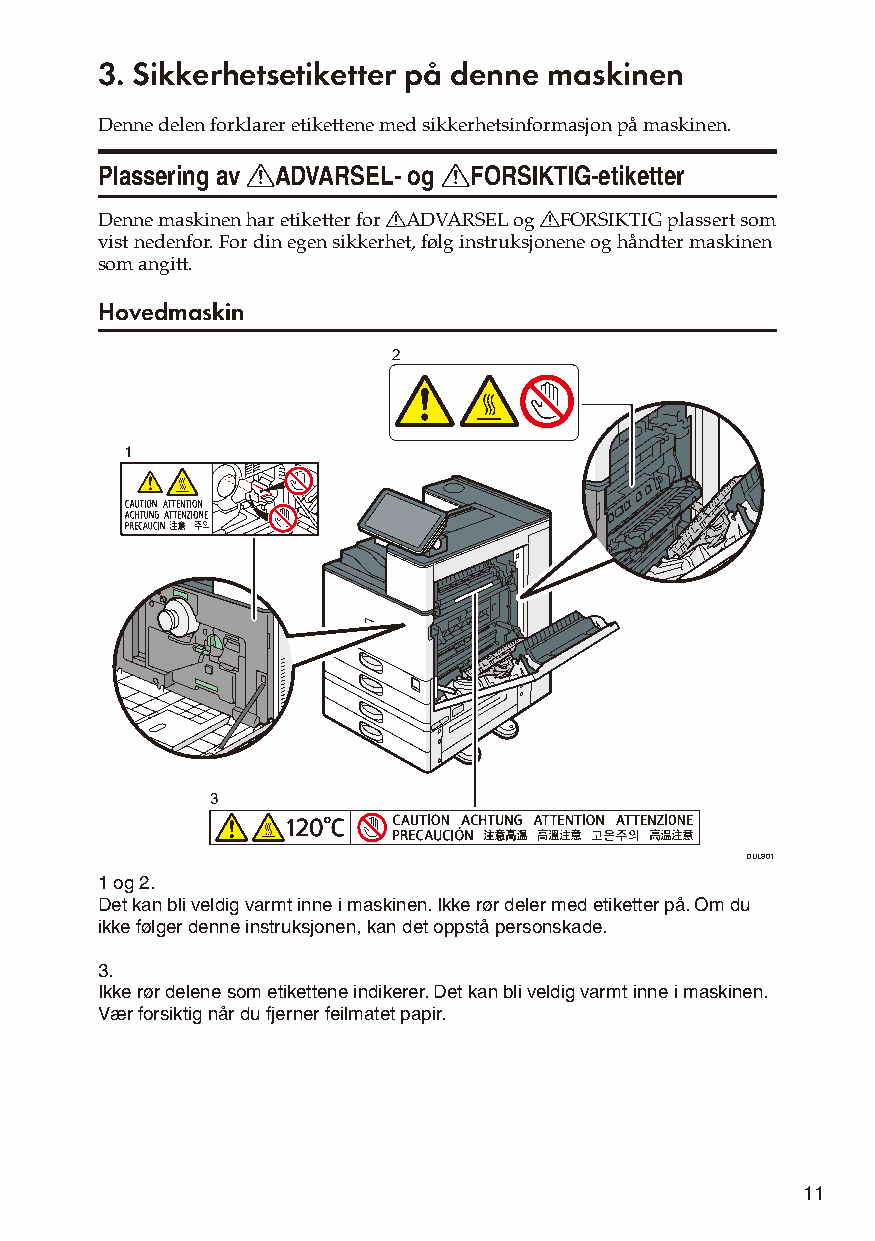
3. Sikkerhetsetiketter på denne maskinen
 Denne delen forklarer etikettene med sikkerhetsinformasjon på maskinen.
 Plassering av RADVARSEL- og RFORSIKTIG-etiketter
 Denne maskinen har etiketter for RADVARSEL og RFORSIKTIG plassert som
 vist nedenfor. For din egen sikkerhet, følg instruksjonene og håndter maskinen
 som angitt.
 Hovedmaskin
 2
 1
 3
 DUL801
 1 og 2.
 Det kan bli veldig varmt inne i maskinen. Ikke rør deler med etiketter på. Om du
 ikke følger denne instruksjonen, kan det oppstå personskade.
 3.
 Ikke rør delene som etikettene indikerer. Det kan bli veldig varmt inne i maskinen.
 Vær forsiktig når du fjerner feilmatet papir.
 11